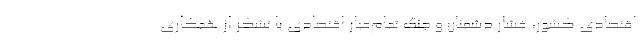
اقتصادی کشور، فشار دشمنان و جنگ تمام‌عیار اقتصادی با تشکر از همکاری